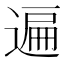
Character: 遍